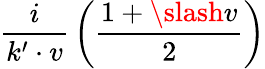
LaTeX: {\frac{i}{k^{\prime}\cdot v}}\left({\frac{1+\slash v}{2}}\right)